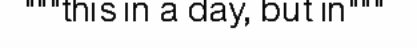
"""this in a day, but in"""